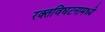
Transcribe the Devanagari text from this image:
रक्तविघटनामध्ये